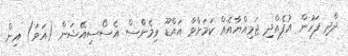
ދާދި ފަހުން އުފެއްދި ޖަމިއްޔާއެއް ކަަމަށްވާ އައްޑޫ ވިމެންްސް އެސޯސިއޭޝަން (އަވަ) އިން